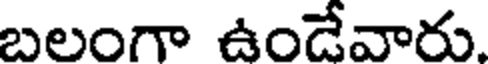
బలంగా ఉండేవారు.